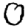
Digit: 0